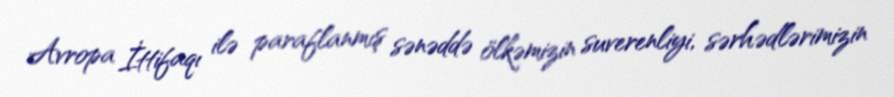
Avropa İttifaqı ilə paraflanmış sənəddə ölkəmizin suverenliyi, sərhədlərimizin